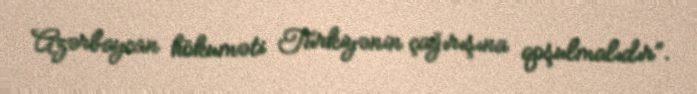
Azərbaycan hökuməti Türkiyənin çağırışına qoşulmalıdır”.